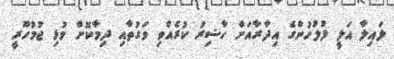
ލައިލާ އަލީ ފުލުހުންގެ އިދާރާއަށް ހާޟިރު ކުރެއްވި ވަގުތާއި ދިމާކޮށް މުޅި ޖުމުހޫރީ